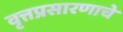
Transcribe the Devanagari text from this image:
वृत्तप्रसारणाचे